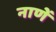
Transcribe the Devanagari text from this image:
नाणें